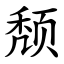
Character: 颓